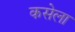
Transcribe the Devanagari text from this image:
कसेला